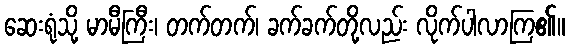
ဆေးရုံသို့ မာမီကြီး၊ တက်တက်၊ ခက်ခက်တို့လည်း လိုက်ပါလာကြ၏။